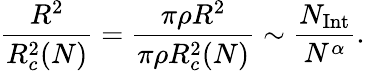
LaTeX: \frac{R^{2}}{R_{c}^{2}(N)}=\frac{\pi\rho R^{2}}{\pi\rho R_{c}^{2}(N)}\sim\frac{N_{\mathrm{Int}}}{N^{\alpha}}.